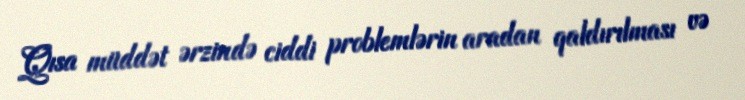
Qısa müddət ərzində ciddi problemlərin aradan qaldırılması və